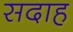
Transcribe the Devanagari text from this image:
सदाह